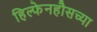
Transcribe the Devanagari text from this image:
हिल्फेनहौसच्या